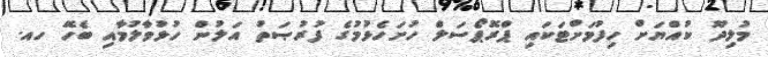
މުލިދޫ ކުއްޔަށް ހިފުމަށްޓަކައި ޕްރޮޕޯސަލް ހުށަހެޅުމުގެ ފުރުޞަތު އަލުން ހުޅުވާލުމާއި ބެހޭ ހއ.